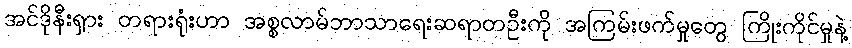
အင်ဒိုနီးရှား တရားရုံးဟာ အစ္စလာမ်ဘာသာရေးဆရာတဦးကို အကြမ်းဖက်မှုတွေ ကြိုးကိုင်မှုနဲ့